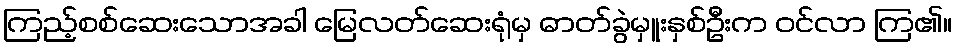
ကြည့်စစ်ဆေးသောအခါ မြေလတ်ဆေးရုံမှ ဓာတ်ခွဲမှူးနှစ်ဦးက ဝင်လာ ကြ၏။